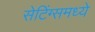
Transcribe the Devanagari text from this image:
सेटिंग्समध्ये